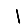
Digit: 1